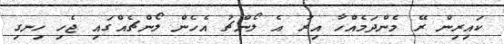
ކައިރިން ރޭ މެންދަމެއްހާ އިރު އެ ލޯންޗު އެހެން ލޯންޗެއްގައި ޖެހި ހިނގި